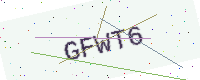
Text: GFWT6